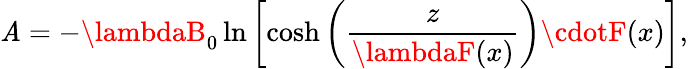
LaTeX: \mathit{A}=-\lambdaB_{0}\ln\left[\cosh\left(\frac{{z}}{{\lambdaF(x)}}\right)\cdotF(x)\right],